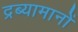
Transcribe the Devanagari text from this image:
द्रब्यामानों